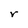
Character: r